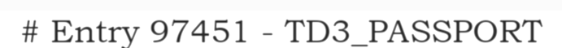
# Entry 97451 - TD3_PASSPORT